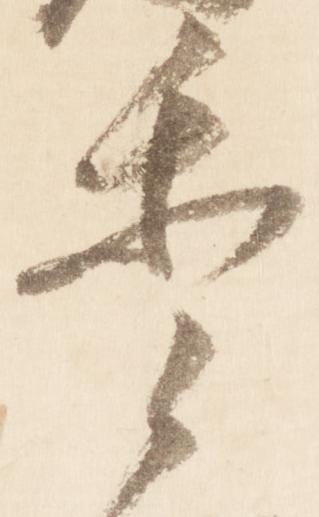
重